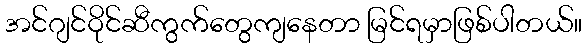
အင်ဂျင်ဝိုင်ဆီကွက်တွေကျနေတာ မြင်ရမှာဖြစ်ပါတယ်။